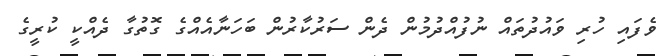
ވެފައި ހުރި ވައުދުތައް ނުފުއްދުމުން ދެން ސަރުކާރުން ބަހަނާއެއްގެ ގޮތުގާ ދެއްކީ ކުރީގެ